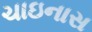
ચાઇનાસ